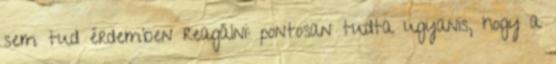
sem tud érdemben reagálni: pontosan tudta ugyanis, hogy a